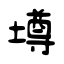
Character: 壿